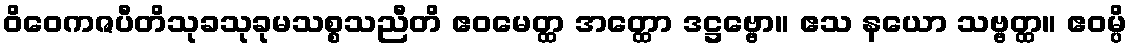
ဝိဝေကဇပီတိသုခသုခုမသစ္စသညီတိ ဧဝမေတ္ထ အတ္ထော ဒဋ္ဌဗ္ဗော။ ဧသ နယော သဗ္ဗတ္ထ။ ဧဝမ္ပိ